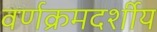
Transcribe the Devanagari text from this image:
वर्णक्रमदर्शीय